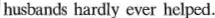
husbands hardly ever helped.